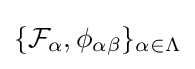
\{{\mathcal {F}}_{\alpha },\phi _{\alpha \beta }\}_{\alpha \in \Lambda }